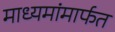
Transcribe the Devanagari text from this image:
माध्यमांमार्फत